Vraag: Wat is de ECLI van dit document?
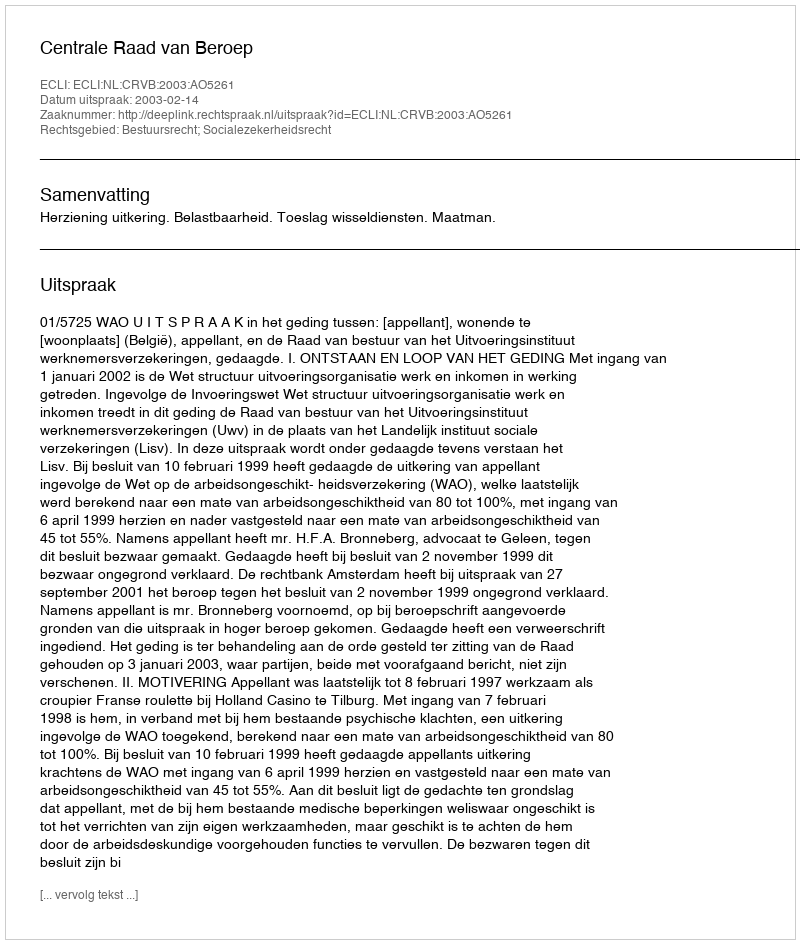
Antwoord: ECLI:NL:CRVB:2003:AO5261